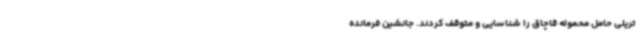
تریلی حامل محموله قاچاق را شناسایی و متوقف کردند. جانشین فرمانده